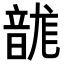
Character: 𮧻